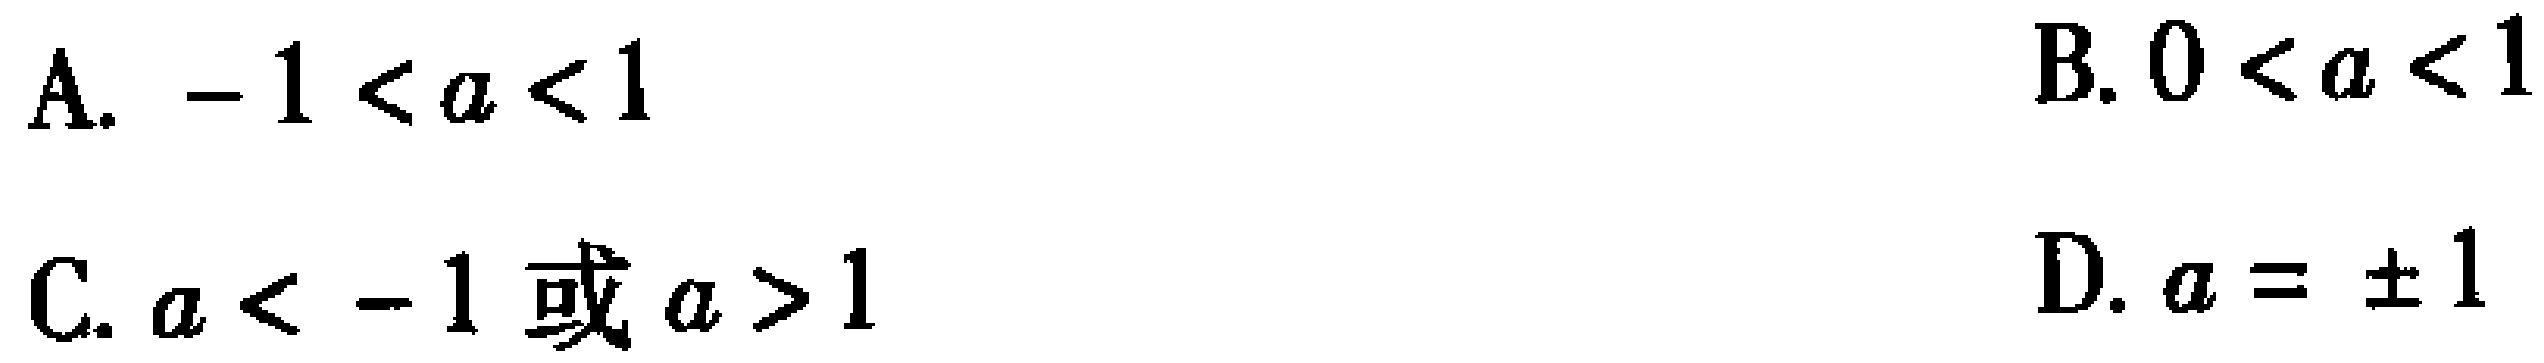
A. \(-1 < a < 1\)
B. \(0 < a < 1\)
C. \(a < -1\)或\(a > 1\)
D. \(a = \pm1\)